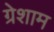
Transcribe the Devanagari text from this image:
ग्रेशाम